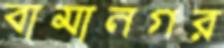
বামানগর